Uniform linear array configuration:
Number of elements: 8
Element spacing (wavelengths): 0.75
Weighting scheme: uniform
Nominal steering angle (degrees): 0
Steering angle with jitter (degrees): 0.3519
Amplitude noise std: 0.05
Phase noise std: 0.05

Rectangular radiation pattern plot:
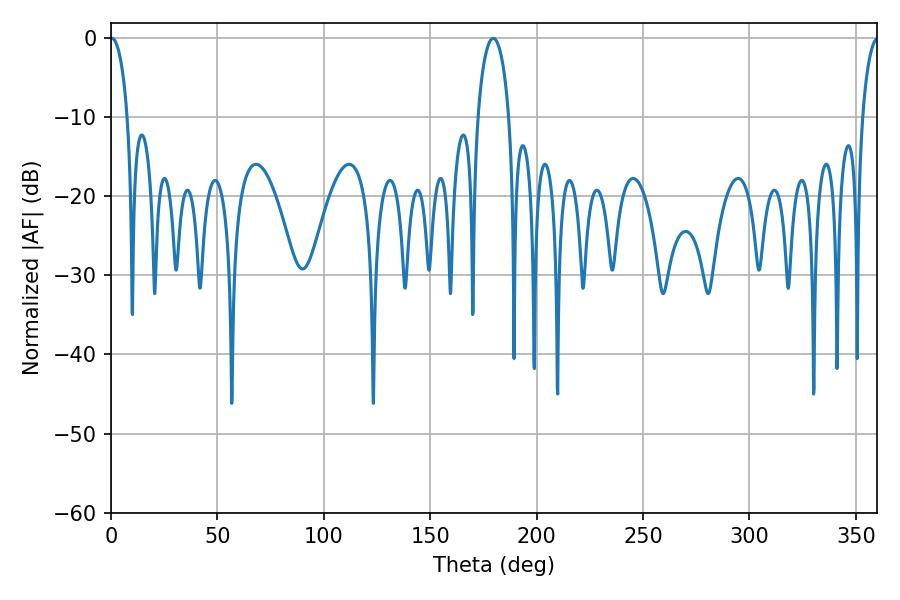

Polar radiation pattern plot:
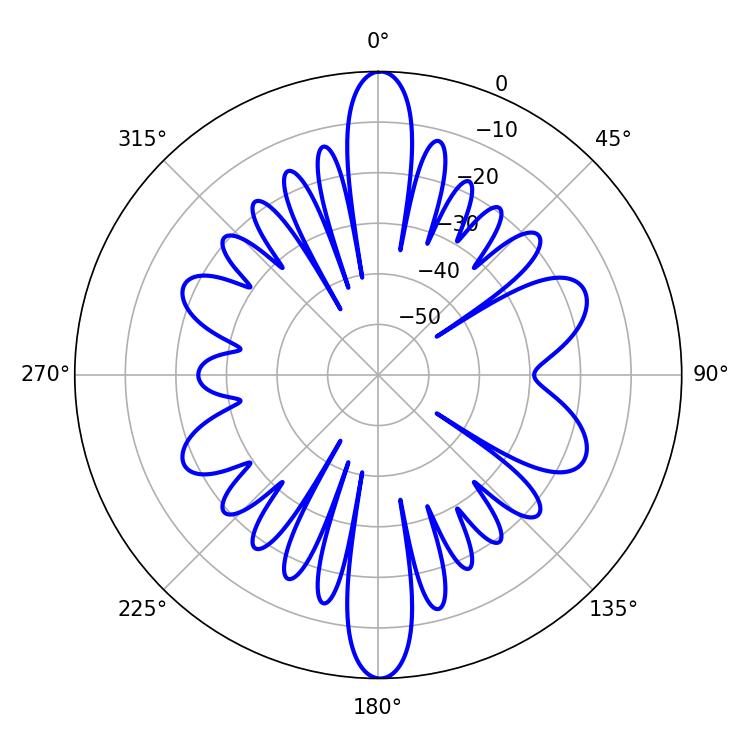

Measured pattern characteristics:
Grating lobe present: TRUE
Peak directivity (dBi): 24.02
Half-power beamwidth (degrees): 4.5
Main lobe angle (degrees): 0.36